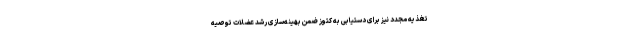
تغذیه مجدد نیز برای دستیابی به کتوز ضمن بهینه‌سازی رشد عضلات توصیه